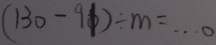
( 1 3 0 - 9 1 ) \div m = \cdots 0